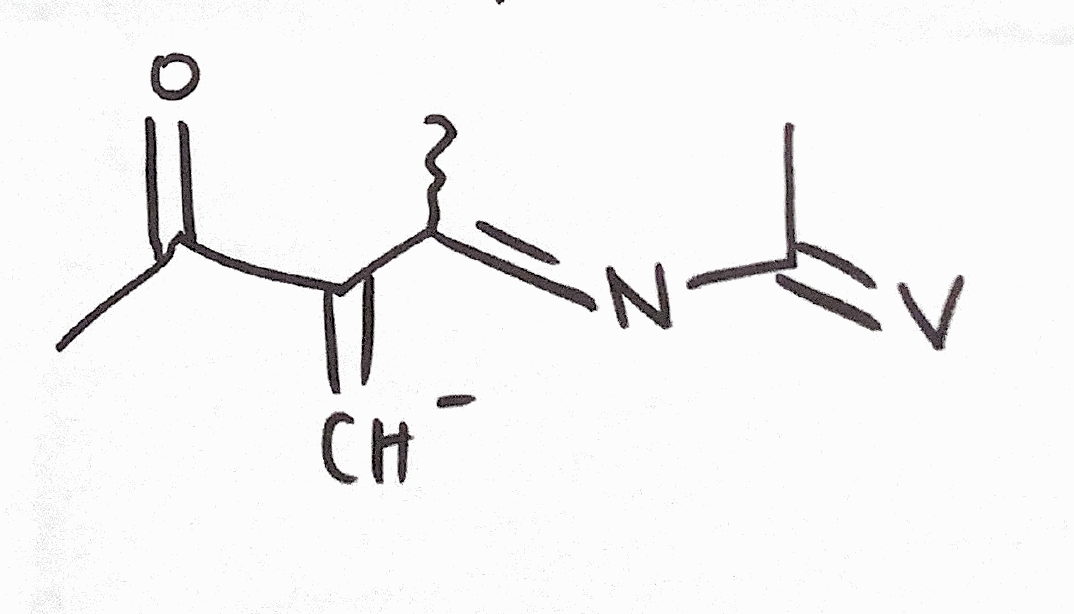
Simplified molecular-input line-entry system (SMILES) notation of the given molecule:
CC(=NC(=[V])C)C(=[CH-])C(=O)C